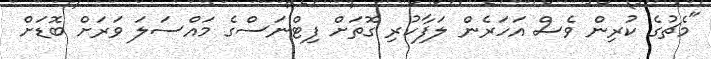
"މެޗުގެ ކުރިން ވެސް އަހަރެން ލަފާކުރި ގޮތަށް ފިޓްނަސްގެ މައްސަލަ ވަރަށް ބޮޑަށް